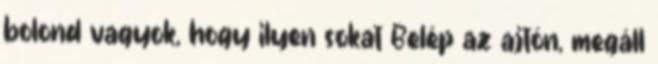
bolond vagyok, hogy ilyen sokat Belép az ajtón, megáll